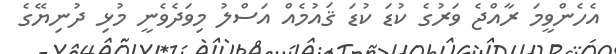
އެހެންވީމަ ރާއްޖެ ވަރުގެ ކުޑަ ކުޑަ ޤައުމެއް އަސްލު މިވަދެވެނީ މުޅި ދުނިޔޭގެ